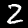
Digit: 2